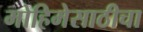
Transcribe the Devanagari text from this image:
मोहिमेसाठीचा